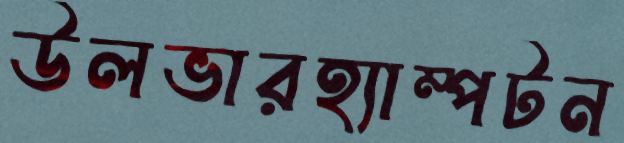
উলভারহ্যাম্পটন